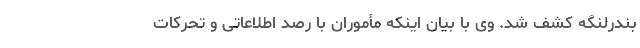
بندرلنگه کشف شد. وی با بیان اینکه مأموران با رصد اطلاعاتی و تحرکات